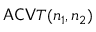
\mathsf { A C V } T ( n _ { 1 } , n _ { 2 } )